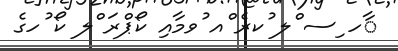
ާހ ިސ ްލ ުކރެ ްއ ުވމާއި ކޯޕްރަ ްލ ކޯ ުހގެ